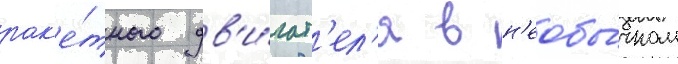
рак'е́тного дв'и́гат'ел'я в н'еобы́чном